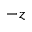
- z